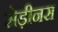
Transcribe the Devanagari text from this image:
सेड़ीनस